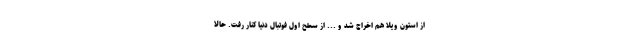
از استون ویلا هم اخراج شد و ... از سطح اول فوتبال دنیا کنار رفت. حالا